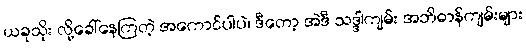
ယခုသိုး လို့ခေါ်နေကြတဲ့ အကောင်ပါပဲ၊ ဒီတော့ အဲဒီ သဒ္ဒါကျမ်း အဘိဓာန်ကျမ်းများ